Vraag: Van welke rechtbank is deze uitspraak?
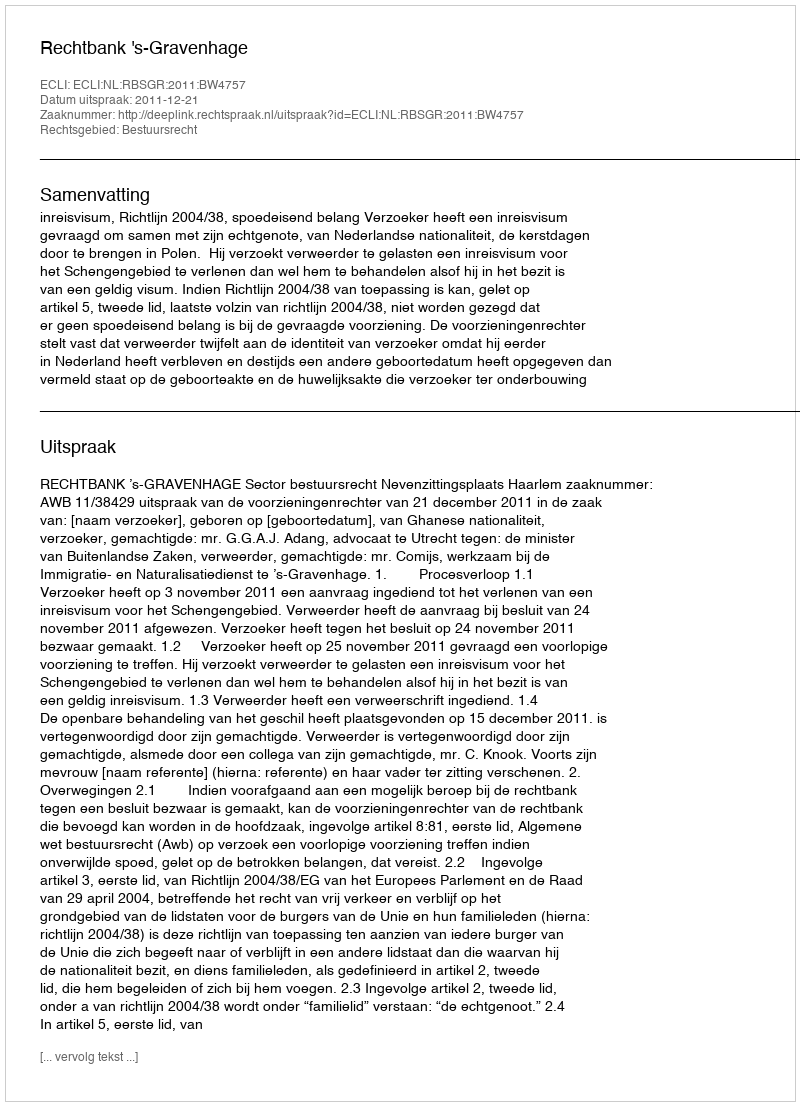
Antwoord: Rechtbank 's-Gravenhage